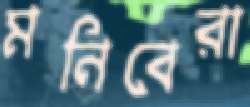
মনিবেরা